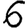
Digit: 6